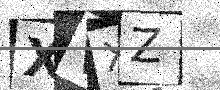
Text: XVXZ